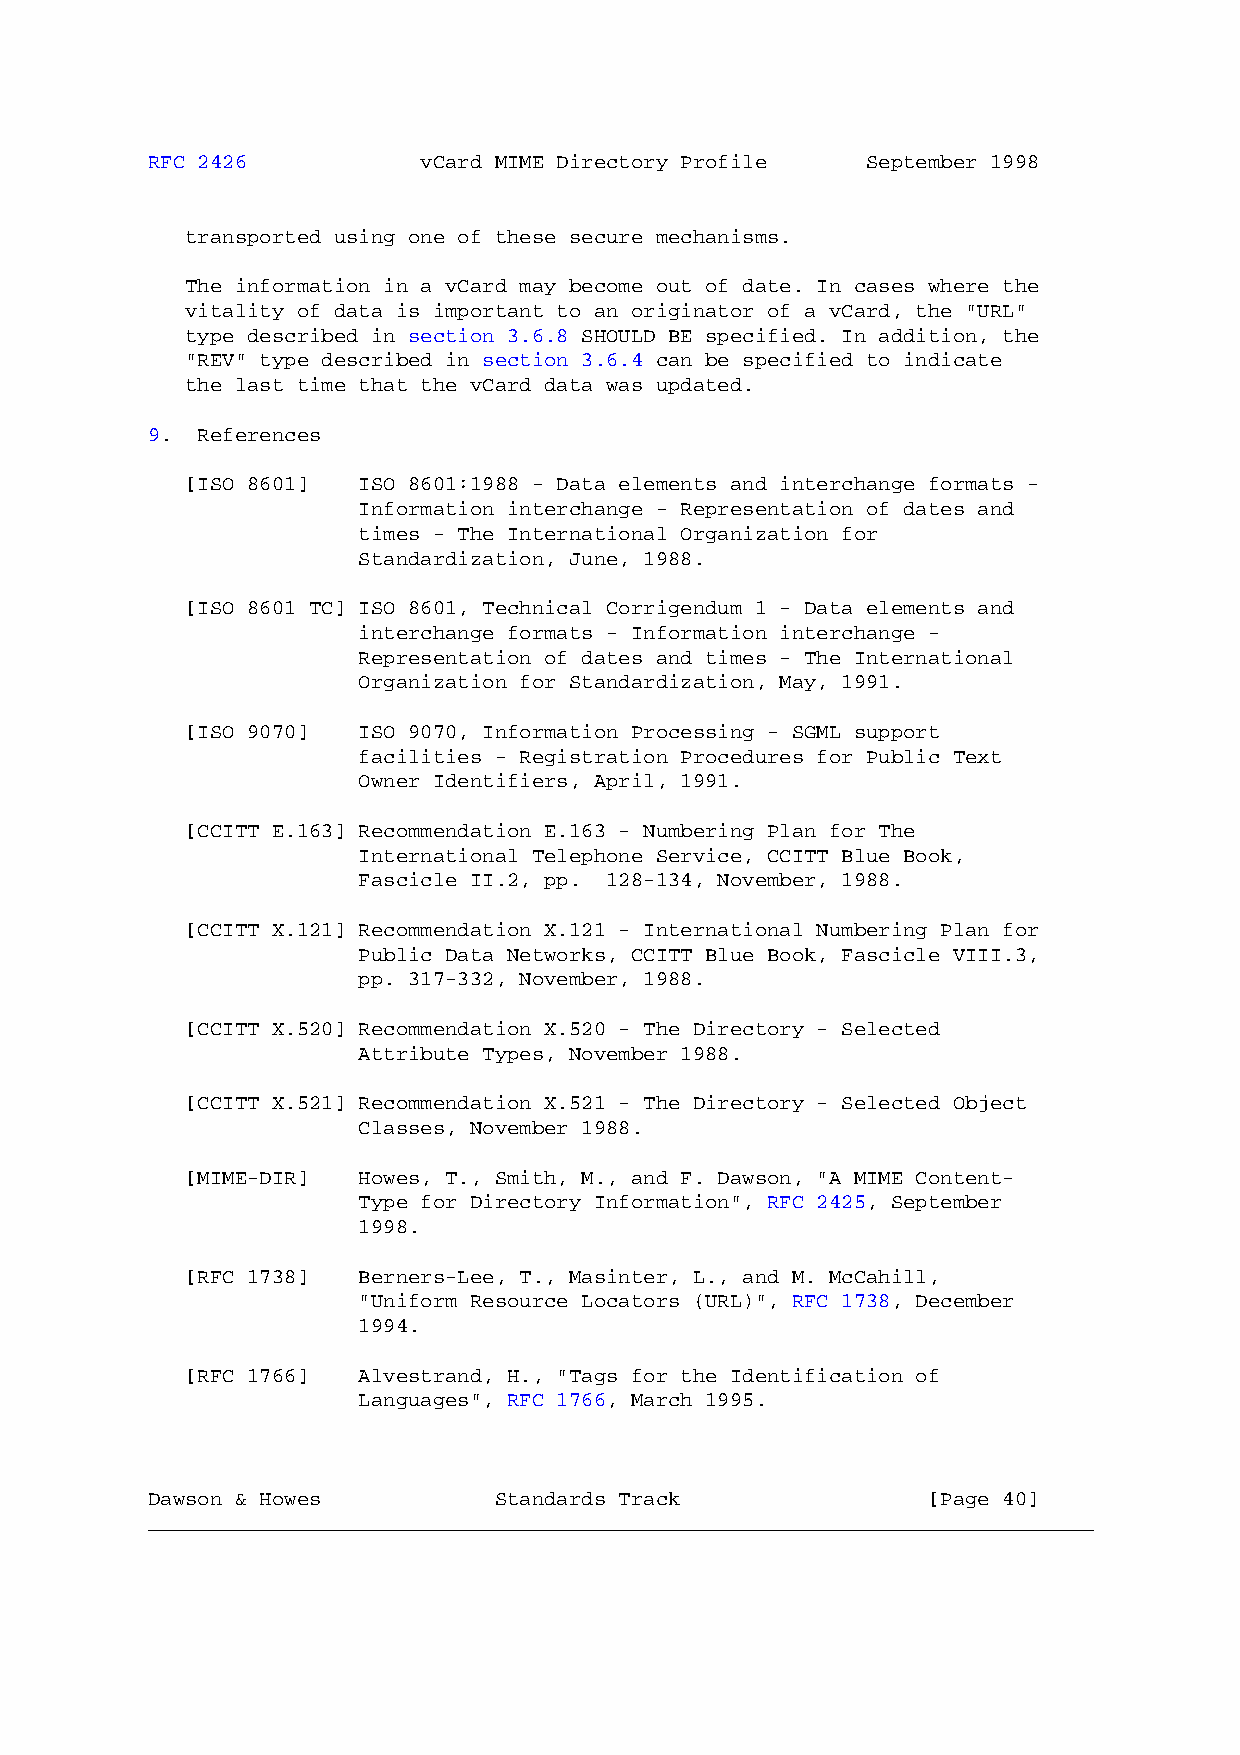
RFC 2426          vCard MIME Directory Profile September 1998
 transported using one of these secure mechanisms.
 The information in a vCard may become out of date. In cases where the
 vitality of data is important to an originator of a vCard, the "URL"
 type described in section 3.6.8 SHOULD BE specified. In addition, the
 "REV" type described in section 3.6.4 can be specified to indicate
 the last time that the vCard data was updated.
 9. References
 [ISO 8601]  ISO 8601:1988 - Data elements and interchange formats -
 Information interchange - Representation of dates and
 times - The International Organization for
 Standardization, June, 1988.
 [ISO 8601 TC] ISO 8601, Technical Corrigendum 1 - Data elements and
 interchange formats - Information interchange -
 Representation of dates and times - The International
 Organization for Standardization, May, 1991.
 [ISO 9070]  ISO 9070, Information Processing - SGML support
 facilities - Registration Procedures for Public Text
 Owner Identifiers, April, 1991.
 [CCITT E.163] Recommendation E.163 - Numbering Plan for The
 International Telephone Service, CCITT Blue Book,
 Fascicle II.2, pp. 128-134, November, 1988.
 [CCITT X.121] Recommendation X.121 - International Numbering Plan for
 Public Data Networks, CCITT Blue Book, Fascicle VIII.3,
 pp. 317-332, November, 1988.
 [CCITT X.520] Recommendation X.520 - The Directory - Selected
 Attribute Types, November 1988.
 [CCITT X.521] Recommendation X.521 - The Directory - Selected Object
 Classes, November 1988.
 [MIME-DIR]  Howes, T., Smith, M., and F. Dawson, "A MIME Content-
 Type for Directory Information", RFC 2425, September
 1998.
 [RFC 1738]  Berners-Lee, T., Masinter, L., and M. McCahill,
 "Uniform Resource Locators (URL)", RFC 1738, December
 1994.
 [RFC 1766]  Alvestrand, H., "Tags for the Identification of
 Languages", RFC 1766, March 1995.
 Dawson & Howes         Standards Track             [Page 40]